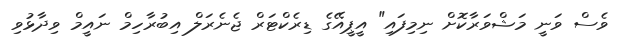
ވެސް ވަނީ މަޝްވަރާކޮށް ނިމިފައި" އީޕީއޭގެ ޑިރެކްޓަރް ޖެނެރަލް އިބުރާހިމް ނައީމް ވިދާޅުވި